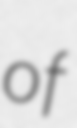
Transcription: of